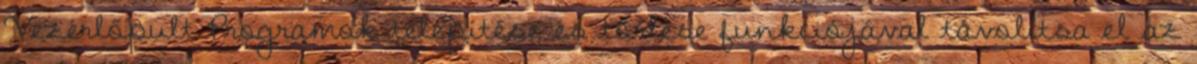
Vezérlőpult Programok telepítése és törlése funkciójával távolítsa el az